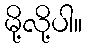
မို့လို့ပါ။